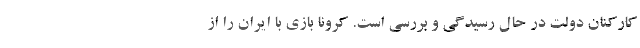
کارکنان دولت در حال رسیدگی و بررسی است. کرونا بازی با ایران را از